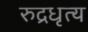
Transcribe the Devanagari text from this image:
रुद्रधृत्य